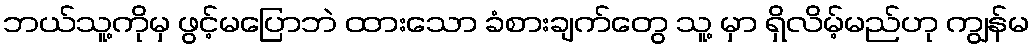
ဘယ်သူ့ကိုမှ ဖွင့်မပြောဘဲ ထားသော ခံစားချက်တွေ သူ့ မှာ ရှိလိမ့်မည်ဟု ကျွန်မ